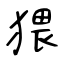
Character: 猥